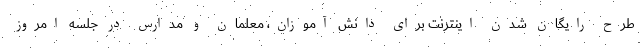
طرح رایگان شدن اینترنت برای دانش آموزان، معلمان و مدارس در جلسه امروز